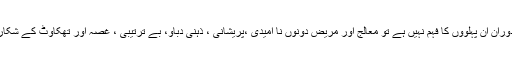
اگر علاج کے دوران ان پہلوؤں کا فہم نہیں ہے تو معالج اور مریض دونوں نا امیدی ،پریشانی ، ذہنی دباؤ، بے ترتیبی ، غصہ اور تھکاوٹ کے شکار ہو سکتے ہیں۔